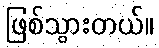
ဖြစ်သွားတယ်။